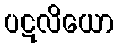
ပဋလိယော